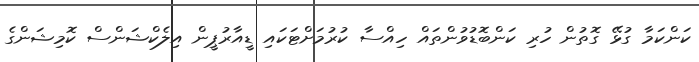
ކަންކަމާ ގުޅޭ ގޮތުން ހުރި ކަންބޮޑުވުންތައް ހިއްސާ ކުރުމަށްޓަކައި ޑީއާރުޕީން އިލެކްޝަންސް ކޮމިޝަންގެ